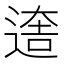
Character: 𨕎